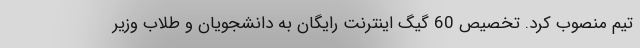
تیم منصوب کرد. تخصیص 60 گیگ اینترنت رایگان به دانشجویان و طلاب وزیر